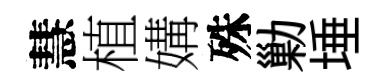
慧植媾殊勦埵